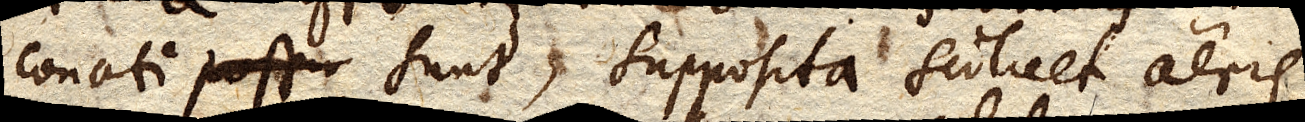
conati sunt, supposita scilicet aeris